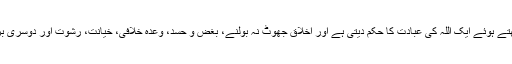
عقل، دلیل کی زبان سمجھتے ہوئے ایک اللہ کی عبادت کا حکم دیتی ہے اور اخلاق جھوٹ نہ بولنے، بغض و حسد، وعدہ خلافی، خیانت، رشوت اور دوسری برائیوں سے منع کرتا ہے۔